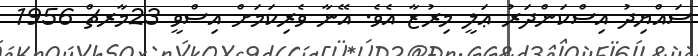
ސައްޔިދު އިސްކަންދަރު ޢަލީ މިރުޒާ އެވެ. އޭނާ ވެރިކަމަށް އިސްވީ 23މާރޗް 1956